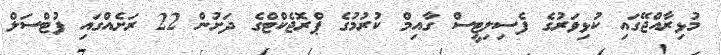
މުޅިރާއްޖޭގައި ކުޅިވަރުގެ ފެސިލިޓީސް ގާއިމް ކުރުމުގެ ޕްރޮޖެކްޓްގެ ދަށުން 22 ރަށެއްގައި ފުޓްސަލް